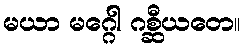
မယာ မဂ္ဂေါ ဂစ္ဆီယတေ။